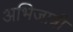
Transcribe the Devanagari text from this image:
अभिजात्री